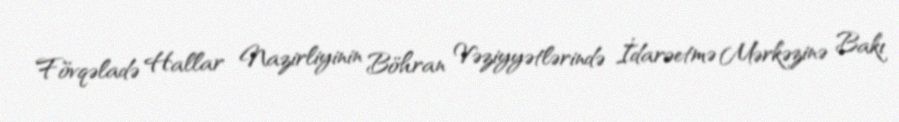
Fövqəladə Hallar Nazirliyinin Böhran Vəziyyətlərində İdarəetmə Mərkəzinə Bakı